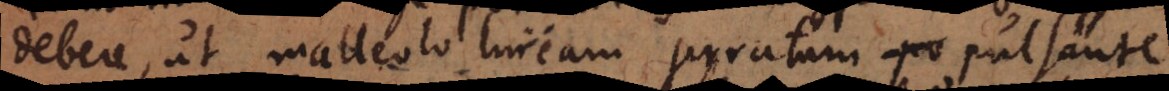
debere, ut malleolo lineam serratam pulsante